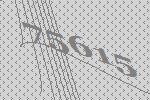
75615